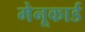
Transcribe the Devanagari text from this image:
मेनूकार्ड